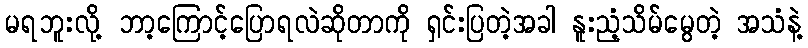
မရဘူးလို့ ဘာ့ကြောင့်ပြောရလဲဆိုတာကို ရှင်းပြတဲ့အခါ နူးညံ့သိမ်မွေတဲ့ အသံနဲ့